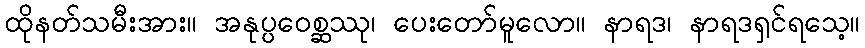
ထိုနတ်သမီးအား။ အနုပ္ပဝေစ္ဆဿု၊ ပေးတော်မူလော။ နာရဒ၊ နာရဒရှင်ရသေ့။